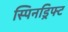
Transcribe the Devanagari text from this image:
स्पिनड्रिफ्ट